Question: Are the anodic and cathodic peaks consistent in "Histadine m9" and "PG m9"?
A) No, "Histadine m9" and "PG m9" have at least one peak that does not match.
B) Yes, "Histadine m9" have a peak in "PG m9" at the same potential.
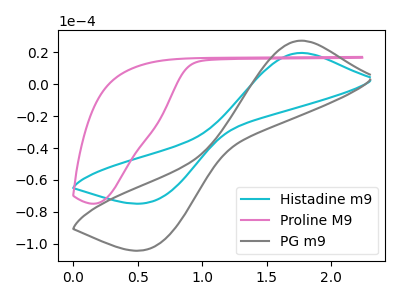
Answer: <think>The cyan curve "Histadine m9" has an anodic peak at (1.75V, 19.50uA) and a cathodic peak at (0.60V, -73.65uA). The pink curve "Proline M9" has no peaks. The gray curve "PG m9" has an anodic peak at (1.75V, 27.15uA) and a cathodic peak at (0.60V, -102.60uA).</think>
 <answer>B) Yes, "Histadine m9" have a peak in "PG m9" at the same potential.</answer>
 <eval>B</eval>